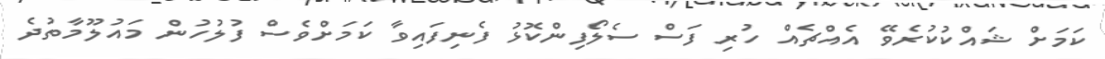
ކަމަށް ޝައްކުކުރެވޭ އެއްޗެއް ހުރި ފަސް ސެލޯފިންކޮޅު ފެނިފައިވާ ކަމަށްވެސް ފުލުހުން މައުލޫމާތުދެ